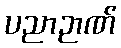
ပညာဉာဏ်